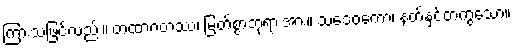
ကြားသဖြင့်လည်း။ တထာဂတဿ၊ မြတ်စွာဘုရားအား။ သဒေဝကော၊ နတ်နှင့်တကွသော။